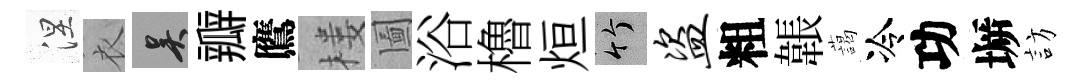
涅衣吴瓣鷹楼圗浴櫓烜竹盗粗韔藹冷功󶱲訪